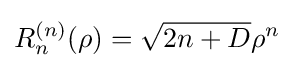
R_{n}^{(n)}(\rho )={\sqrt {2n+D}}\rho ^{n}